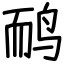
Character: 鸸